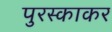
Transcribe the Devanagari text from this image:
पुरस्काकर